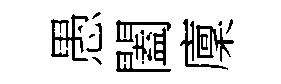
愚闔廩